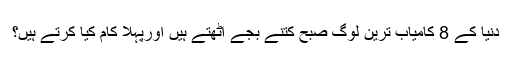
دنیا کے 8 کامیاب ترین لوگ صبح کتنے بجے اٹھتے ہیں اورپہلا کام کیا کرتے ہیں؟